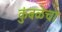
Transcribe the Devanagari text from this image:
कुंबळेचा